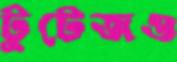
টুটেজও